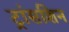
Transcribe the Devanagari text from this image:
ट्रांसशिन